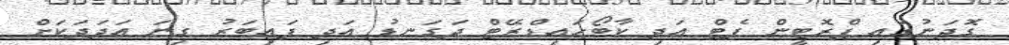
ގޮދަނުގައި ޕްރޮޓީން ފެޓް އަދި ކާބޯހައިޑްރޭޓް ދަގަނޑު އަދި ފައިބަރު ގިނަ އަދަދަކަށް